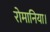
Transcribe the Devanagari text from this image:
रोमानिया।